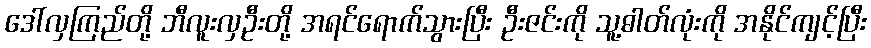
ဒေါ်လှကြည်တို့ ဘီလူးလှဦးတို့ အရင်ရောက်သွားပြီး ဦးဇင်းကို သူ့ဓါတ်လုံးကို အနိုင်ကျင့်ပြီး